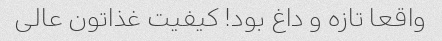
واقعا تازه و داغ بود! کیفیت غذاتون عالی